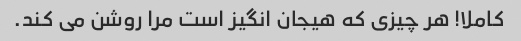
کاملا! هر چیزی که هیجان انگیز است مرا روشن می کند.